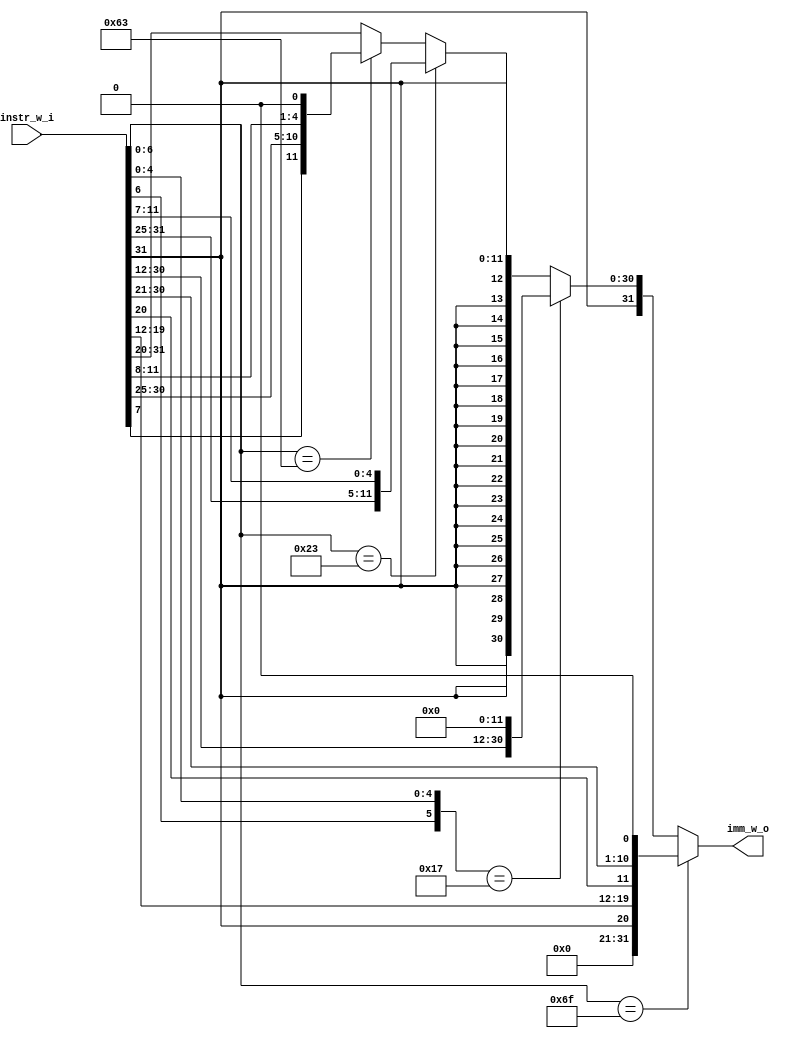
//                              -*- Mode: Verilog -*-
// Description     : generates immediate value for pc jumps
// Last Modified By: Patrick
// Update Count    : 0
// Status          : Unknown, Use with caution!


//-----------------------------------------------------------------------------
// Module Declaration
//-----------------------------------------------------------------------------
module imm_gen (/*AUTOARG*/
   // Outputs
   imm_w_o,
   // Inputs
   instr_w_i
   ) ;

   //-----------------------------------------------------------------------------
   // Inputs
   //-----------------------------------------------------------------------------
   input [31:0] instr_w_i;

   //-----------------------------------------------------------------------------
   // Outputs
   //-----------------------------------------------------------------------------
   output [31:0] imm_w_o;

   //-----------------------------------------------------------------------------
   // Parameters
   //-----------------------------------------------------------------------------
   parameter J_TYPE = 7'b1101111, // Concatanate compare field from Op Code
      U_TYPE      = 6'b010111,
      S_TYPE      = 7'b0100011,
      B_TYPE      = 7'b1100011,
      I_TYPE      = 2'b11;           // I Type is default Else Case

   parameter SLLI = 4'b0001,
      SRLI = 4'b0101,
      SRAI = 4'b1101;

   //-----------------------------------------------------------------------------
   // Internal Registers and Wires
   //-----------------------------------------------------------------------------
   reg [6:0]    opcode_r;
   reg [31:0]   imm_r;

   //-----------------------------------------------------------------------------
   // Instantiations
   //-----------------------------------------------------------------------------

   //-----------------------------------------------------------------------------
   // RTL
   //-----------------------------------------------------------------------------
   always @ (*) begin
      opcode_r = instr_w_i[6:0];

      // Comparison order is based on prio, do not modify order without checking prio
      // Sign extend all results to 32-bits
      if (opcode_r == J_TYPE) begin
         imm_r = {{11{1'b0}}, instr_w_i[31], instr_w_i[19:12], instr_w_i[20], instr_w_i[30:21], 1'b0};
      end else if ({opcode_r[6], opcode_r[4:0]} == U_TYPE) begin
         imm_r = {instr_w_i[31:12], {12{1'b0}}};
      end else if (opcode_r == S_TYPE) begin
         imm_r = {{20{instr_w_i[31]}}, instr_w_i[31:25], instr_w_i[11:7]};
      end else if (opcode_r == B_TYPE) begin
         imm_r = {{19{instr_w_i[31]}}, instr_w_i[31], instr_w_i[7], instr_w_i[30:25], instr_w_i[11:8], 1'b0};
      end else begin // I_TYPE or Don't Care
         imm_r = {{20{instr_w_i[31]}}, instr_w_i[31:20]};
      end
   end // always @ (*)

   //-----------------------------------------------------------------------------
   // Assigns
   //-----------------------------------------------------------------------------
   assign imm_w_o = imm_r;


 endmodule // imm_gen